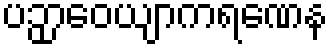
ပဉှာဝေယျာကရဏေန